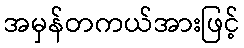
အမှန်တကယ်အားဖြင့်